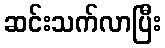
ဆင်းသက်လာပြီး